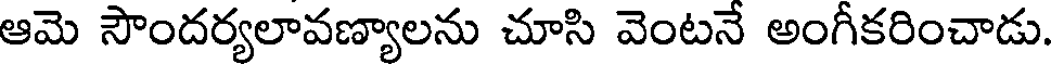
ఆమె సౌందర్యలావణ్యాలను చూసి వెంటనే అంగీకరించాడు.